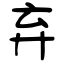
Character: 弃